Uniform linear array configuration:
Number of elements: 24
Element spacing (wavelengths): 0.75
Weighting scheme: exponential
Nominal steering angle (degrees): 15
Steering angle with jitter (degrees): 13.993
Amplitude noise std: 0.05
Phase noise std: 0.05

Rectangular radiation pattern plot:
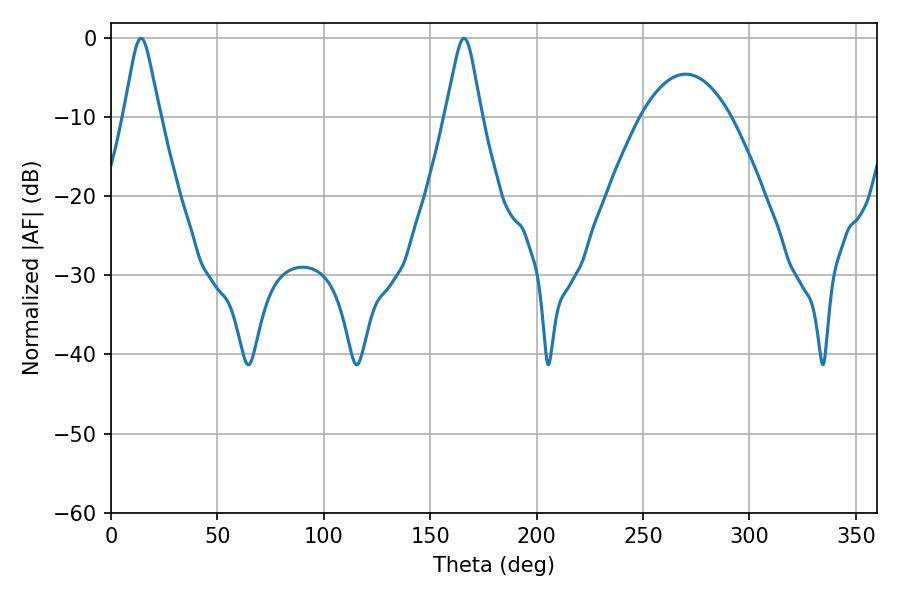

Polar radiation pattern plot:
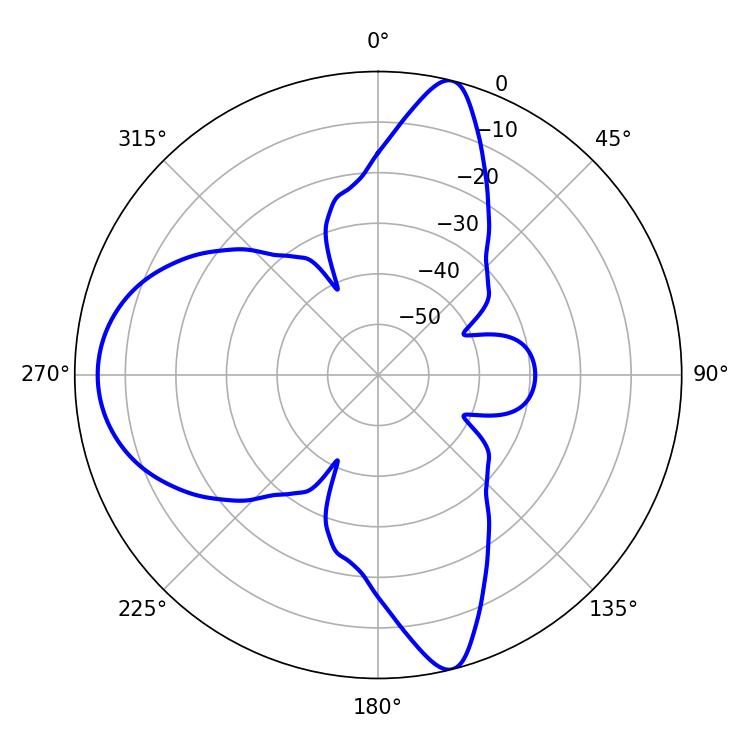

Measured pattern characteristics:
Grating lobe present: TRUE
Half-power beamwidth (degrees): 7.92
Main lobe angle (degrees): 14.04